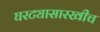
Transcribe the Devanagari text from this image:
घरट्यासारखीच